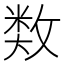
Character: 𢾗